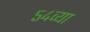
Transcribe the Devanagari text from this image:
५४व्या